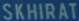
SKHIRAT